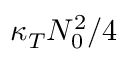
\kappa _ { T } N _ { 0 } ^ { 2 } / 4